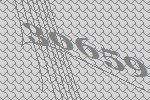
30659